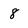
Character: 8